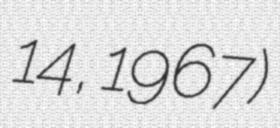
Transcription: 14, 1967)